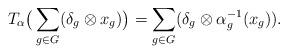
LaTeX: \begin{align*}T_\alpha\big(\sum_{g\in G}(\delta_g \otimes x_g)\big)=\sum_{g\in G}(\delta_g \otimes \alpha_g^{-1}(x_g)).\end{align*}